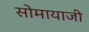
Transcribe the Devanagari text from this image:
सोमायाजी